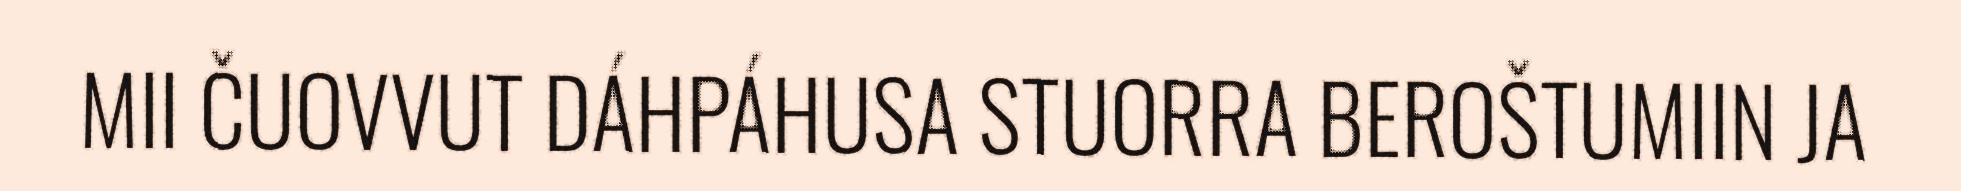
MII ČUOVVUT DÁHPÁHUSA STUORRA BEROŠTUMIIN JA